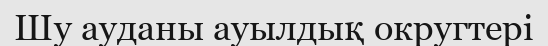
Шу ауданы ауылдық округтері